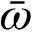
\bar { \omega }